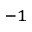
^ { - 1 }